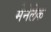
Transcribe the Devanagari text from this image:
मेनेलेक